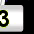
Digit: 3